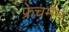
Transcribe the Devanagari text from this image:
फ्रेंचमैन